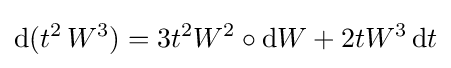
\mathrm {d} (t^{2}\,W^{3})=3t^{2}W^{2}\circ \mathrm {d} W+2tW^{3}\,\mathrm {d} t